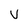
Character: v